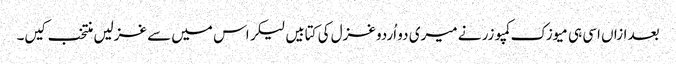
بعد ازاں اسی ہی میوزک کمپوزر نے میری دو اُردو غزل کی کتابیں لیکر اس میں سے غزلیں منتخب کیں۔